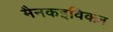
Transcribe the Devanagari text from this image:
मैनकइविक्ज़